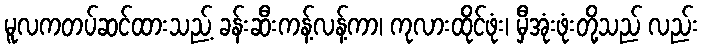
မူလကတပ်ဆင်ထားသည့် ခန်းဆီးကန့်လန့်ကာ၊ ကုလားထိုင်ဖုံး၊ မှီအုံးဖုံးတို့သည် လည်း